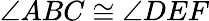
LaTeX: \angle ABC\cong\angle DEF